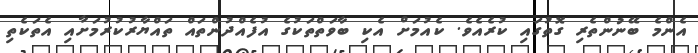
އެންމެ ބޭނުންތެރި ގޮތުގައި ކުރެއެވެ. ކެއުމަށް އެކި ބާވަތްތަކުގެ އުފެއްދުންތައް ތައްޔާރުކުރުމަށާއި އެތަކެތި